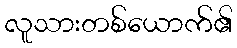
လူသားတစ်ယောက်၏